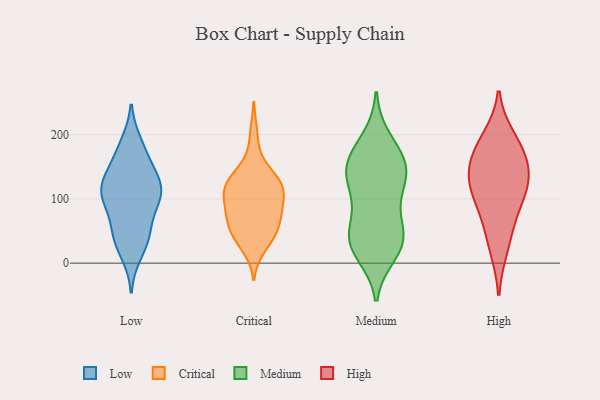
{"axis": {"x": "Churn Rate (%)", "y": "Value"}, "legend": ["Critical", "High", "Low", "Medium"], "data": [{"x": "", "y": 107, "type": "Low"}, {"x": "", "y": 186, "type": "Low"}, {"x": "", "y": 49, "type": "Low"}, {"x": "", "y": 161, "type": "Low"}, {"x": "", "y": 130, "type": "Low"}, {"x": "", "y": 179, "type": "Low"}, {"x": "", "y": 135, "type": "Low"}, {"x": "", "y": 98, "type": "Low"}, {"x": "", "y": 106, "type": "Low"}, {"x": "", "y": 135, "type": "Low"}, {"x": "", "y": 33, "type": "Low"}, {"x": "", "y": 43, "type": "Low"}, {"x": "", "y": 53, "type": "Low"}, {"x": "", "y": 15, "type": "Low"}, {"x": "", "y": 104, "type": "Low"}, {"x": "", "y": 114, "type": "Low"}, {"x": "", "y": 96, "type": "Low"}, {"x": "", "y": 76, "type": "Critical"}, {"x": "", "y": 152, "type": "Critical"}, {"x": "", "y": 65, "type": "Critical"}, {"x": "", "y": 123, "type": "Critical"}, {"x": "", "y": 68, "type": "Critical"}, {"x": "", "y": 25, "type": "Critical"}, {"x": "", "y": 118, "type": "Critical"}, {"x": "", "y": 40, "type": "Critical"}, {"x": "", "y": 101, "type": "Critical"}, {"x": "", "y": 111, "type": "Critical"}, {"x": "", "y": 89, "type": "Critical"}, {"x": "", "y": 115, "type": "Critical"}, {"x": "", "y": 58, "type": "Critical"}, {"x": "", "y": 48, "type": "Critical"}, {"x": "", "y": 123, "type": "Critical"}, {"x": "", "y": 83, "type": "Critical"}, {"x": "", "y": 137, "type": "Critical"}, {"x": "", "y": 121, "type": "Critical"}, {"x": "", "y": 37, "type": "Critical"}, {"x": "", "y": 200, "type": "Critical"}, {"x": "", "y": 192, "type": "Medium"}, {"x": "", "y": 49, "type": "Medium"}, {"x": "", "y": 168, "type": "Medium"}, {"x": "", "y": 105, "type": "Medium"}, {"x": "", "y": 35, "type": "Medium"}, {"x": "", "y": 38, "type": "Medium"}, {"x": "", "y": 90, "type": "Medium"}, {"x": "", "y": 139, "type": "Medium"}, {"x": "", "y": 142, "type": "Medium"}, {"x": "", "y": 145, "type": "Medium"}, {"x": "", "y": 28, "type": "Medium"}, {"x": "", "y": 16, "type": "Medium"}, {"x": "", "y": 38, "type": "Medium"}, {"x": "", "y": 162, "type": "Medium"}, {"x": "", "y": 137, "type": "Medium"}, {"x": "", "y": 143, "type": "High"}, {"x": "", "y": 181, "type": "High"}, {"x": "", "y": 120, "type": "High"}, {"x": "", "y": 139, "type": "High"}, {"x": "", "y": 112, "type": "High"}, {"x": "", "y": 59, "type": "High"}, {"x": "", "y": 23, "type": "High"}, {"x": "", "y": 93, "type": "High"}, {"x": "", "y": 195, "type": "High"}, {"x": "", "y": 166, "type": "High"}]}